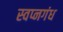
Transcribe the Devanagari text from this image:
स्वप्नगंध